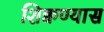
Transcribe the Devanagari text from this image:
शिक्वण्यास